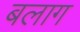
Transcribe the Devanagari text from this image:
बलाग